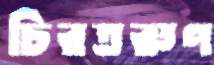
চিরতরুণ